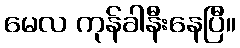
မေလ ကုန်ခါနီးနေပြီ။